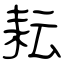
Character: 耘